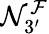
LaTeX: \mathcal{N}_{3^{\prime}}^{\mathcal{F}}